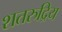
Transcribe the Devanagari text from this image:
शतरुद्रिय